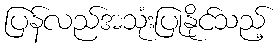
ပြန်လည်အသုံးပြုနိုင်သည့်